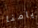
أيامنا